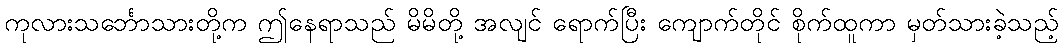
ကုလားသင်္ဘောသားတို့က ဤနေရာသည် မိမိတို့ အလျင် ရောက်ပြီး ကျောက်တိုင် စိုက်ထူကာ မှတ်သားခဲ့သည့်